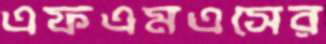
এফএমএসের